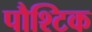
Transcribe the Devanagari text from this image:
पौश्टिक